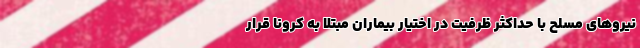
نیروهای مسلح با حداکثر ظرفیت در اختیار بیماران مبتلا به کرونا قرار